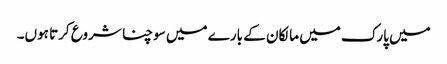
میں پارک میں مالکان کے بارے میں سوچنا شروع کرتا ہوں۔